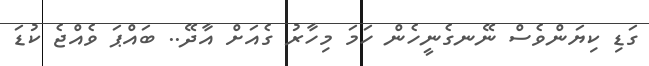
ގަޑި ކިޔަންވެސް ނޭނގެނީހެން ހަމަ މިހާރު ގެއަށް އާދޭ.. ބައްޕަ ވެއްޖެ ކުޑަ